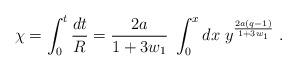
LaTeX: \begin{align*} \chi = \int_0^t \frac{d t}{R} = \frac{2 a}{1 + 3 w_1} \; \int_0^x d x \; y^{\frac{2 a (q - 1)}{1 + 3 w_1}} \; .\end{align*}